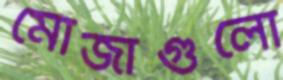
মোজাগুলো